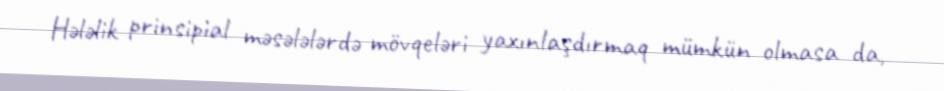
Hələlik prinsipial məsələlərdə mövqeləri yaxınlaşdırmaq mümkün olmasa da,